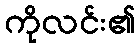
ကိုလင်း၏